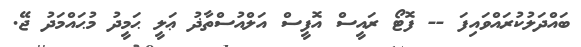
ބައްދަލުކުރައްވައިފަ -- ފޮޓޯ ރައީސް އޮފީސް އަލްއުސްތާޛު ޢަލީ ޙަމީދު މުޙައްމަދު ޖޭ.